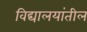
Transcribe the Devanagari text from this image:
विद्यालयांतील